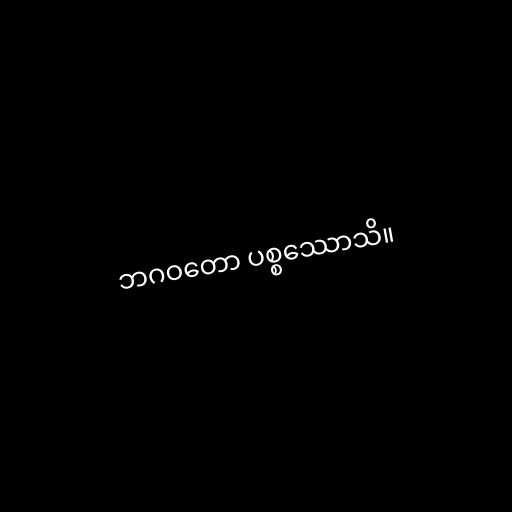
ဘဂဝတော ပစ္စဿောသိ။